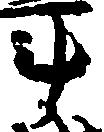
斗